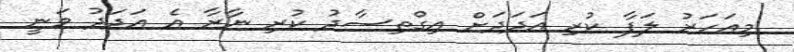
މިއަހަރު ލަފާ ކުރި އަދަދަށް އިގްތިސާދު ކުރި ނާރާ އެ އަދަދު ވަނީ